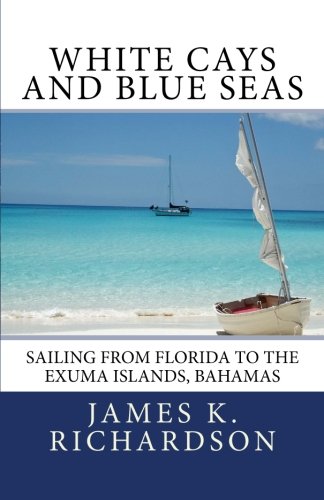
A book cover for White Cays and Blue Seas: Sailing from Florida to the Exuma Islands, Bahamas; James K. Richardson; Travel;